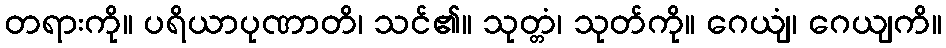
တရားကို။ ပရိယာပုဏာတိ၊ သင်၏။ သုတ္တံ၊ သုတ်ကို။ ဂေယျံ၊ ဂေယျကိ။